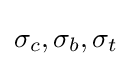
\sigma _{c},\sigma _{b},\sigma _{t}